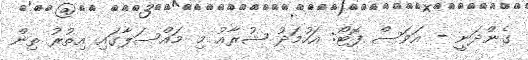
ގެންދަނީ - އަވަސް ފޮޓޯ: އަހުމަދު ޝުރާއު މި މައްސަލާގައި އިތުރު ތިން